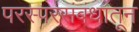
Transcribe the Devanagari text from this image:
परस्परसंबंधातून